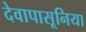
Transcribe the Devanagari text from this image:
देवापासूनिया